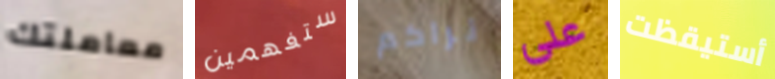
معاملتك ستفهمين نراكم على أستيقظت